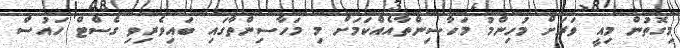
މިގޮތުން މިއީ ވަރަށް މުހިންމު މަހާސިންތާއެއްކަމަށް މި މަހާސިންތާގައި ބައިވެރިވި ގެސްޓް ހައުސް